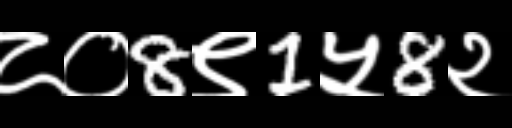
Text: ८०8९1५8२